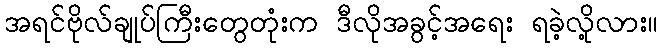
အရင်ဗိုလ်ချုပ်ကြီးတွေတုံးက ဒီလိုအခွင့်အရေး ရခဲ့လို့လား။